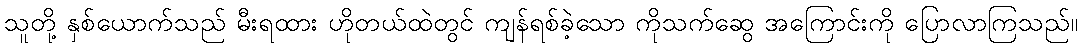
သူတို့ နှစ်ယောက်သည် မီးရထား ဟိုတယ်ထဲတွင် ကျန်ရစ်ခဲ့သော ကိုသက်ဆွေ အကြောင်းကို ပြောလာကြသည်။